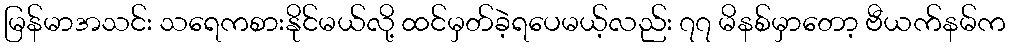
မြန်မာအသင်း သရေကစားနိုင်မယ်လို့ ထင်မှတ်ခဲ့ရပေမယ့်လည်း ၇၇ မိနစ်မှာတော့ ဗီယက်နမ်က